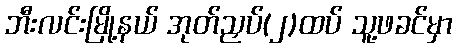
ဘီးလင်းမြို့နယ် အုတ်ညှပ်(၂)ထပ် သူ့ဖခင်မှာ